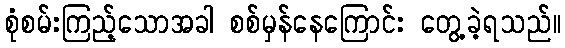
စုံစမ်းကြည့်သောအခါ စစ်မှန်နေကြောင်း တွေ့ခဲ့ရသည်။